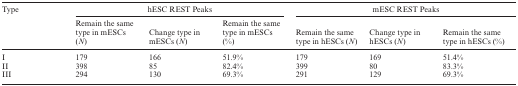
<table><thead><tr><td><b>Type</b></td><td colspan="3"><b>hESC REST Peaks</b></td><td colspan="3"><b>mESC REST Peaks</b></td></tr><tr><td></td><td><b>Remain the same type in mESCs (<i>N</i>)</b></td><td><b>Change type in mESCs (<i>N</i>)</b></td><td><b>Remain the same type in mESCs (%)</b></td><td><b>Remain the same type in hESCs (<i>N</i>)</b></td><td><b>Change type in hESCs (<i>N</i>)</b></td><td><b>Remain the same type in hESCs (%)</b></td></tr></thead><tbody><tr><td>I</td><td>179</td><td>166</td><td>51.9%</td><td>179</td><td>169</td><td>51.4%</td></tr><tr><td>II</td><td>398</td><td>85</td><td>82.4%</td><td>399</td><td>80</td><td>83.3%</td></tr><tr><td>III</td><td>294</td><td>130</td><td>69.3%</td><td>291</td><td>129</td><td>69.3%</td></tr></tbody></table>